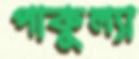
পাকুল্যা